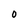
Character: 0